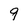
Character: 9